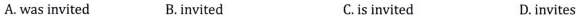
A.was invited B.invited C.is invited D.invites